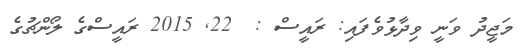
މަޖީދު ވަނީ ވިދާޅުވެފައި: ރައީސް :  22